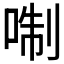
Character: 𠶜